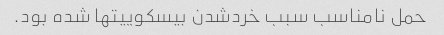
حمل نامناسب سبب خردشدن بیسکوییتها شده بود.